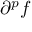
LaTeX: \partial ^ { p } f